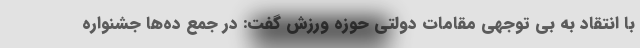
با انتقاد به بی توجهی مقامات دولتی حوزه ورزش گفت: در جمع ده‌ها جشنواره